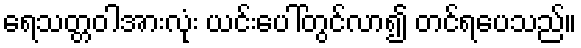
ရေသတ္တဝါအားလုံး ယင်းပေါ်တွင်လာ၍ တင်ရပေသည်။